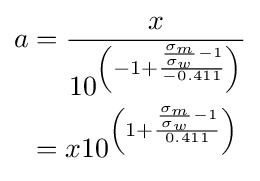
{\begin{aligned}a&={\frac {x}{10^{\left(-1+{\frac {{\frac {\sigma _{m}}{\sigma _{w}}}-1}{-0.411}}\right)}}}\\&=x10^{\left(1+{\frac {{\frac {\sigma _{m}}{\sigma _{w}}}-1}{0.411}}\right)}\end{aligned}}